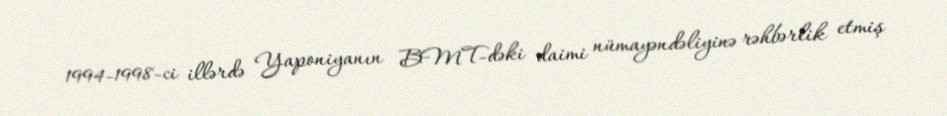
1994-1998-ci illərdə Yaponiyanın BMT-dəki daimi nümayəndəliyinə rəhbərlik etmiş